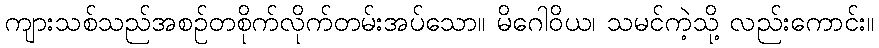
ကျားသစ်သည်အစဉ်တစိုက်လိုက်တမ်းအပ်သော။ မိဂေါဝိယ၊ သမင်ကဲ့သို့ လည်းကောင်း။